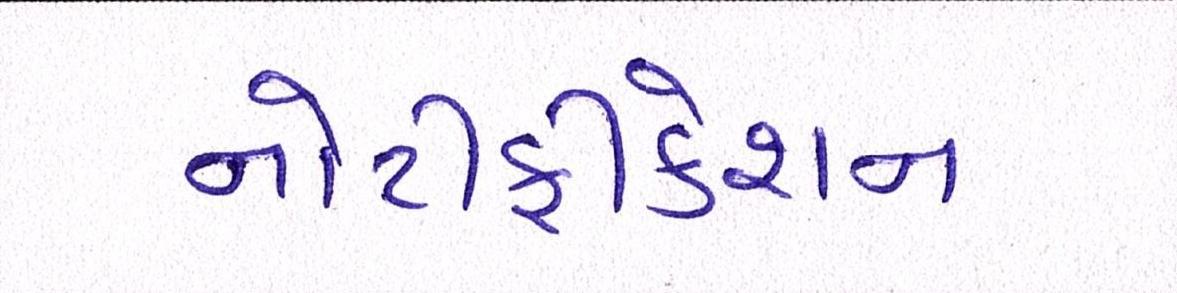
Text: નોટીફીકેશન